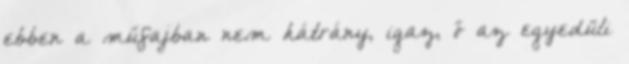
ebben a műfajban nem hátrány, igaz, ő az egyedüli